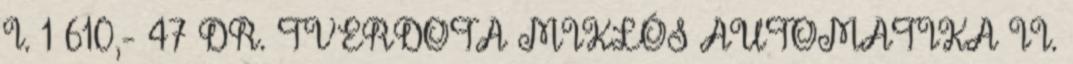
I. 1 610,- 47 DR. TVERDOTA MIKLÓS AUTOMATIKA II.